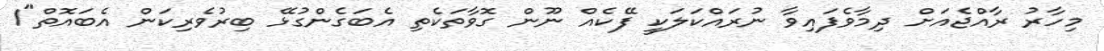
މިހާރު ރާއްޖެއަށް ދިމާވެފައިވާ ނުރައްކަލަކީ ފޭކެއް ނޫން ގޮވާތަކެތި އެބަގެންގުޅޭ ބިރުވެރިކަން އެބައޮތް"1